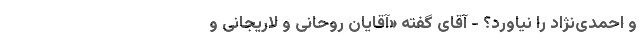
و احمدی‌نژاد را نیاورد؟ - آقای گفته‌ «‌آقایان روحانی و لاریجانی و